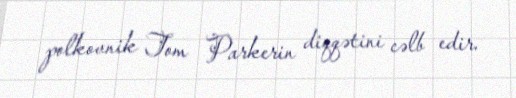
polkovnik Tom Parkerin diqqətini cəlb edir.